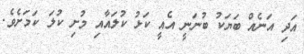
އަދި އަނެއް ބަޔަކު ބުނަނީ އެއީ ކަޅު ކުލައާއި މުށި ކުލަ ކަމަށެވެ.